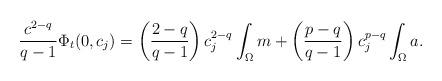
LaTeX: \begin{align*} \frac{c^{2-q}}{q-1} \Phi_t (0,c_j) = \left( \frac{2-q}{q-1} \right) c_j^{2-q} \int_\Omega m + \left( \frac{p-q}{q-1} \right) c_j^{p-q} \int_\Omega a. \end{align*}